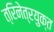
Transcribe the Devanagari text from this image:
त्रिनेत्रयुक्त